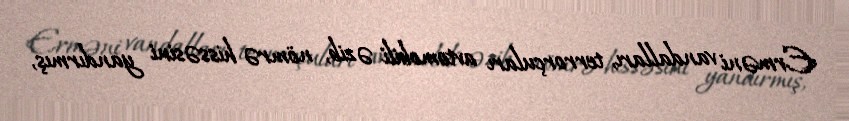
Erməni vandalları, terrorçuları avtomobili əzib, nömrə hissəsini yandırmış,